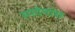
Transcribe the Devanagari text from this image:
स्पदेमांस